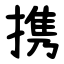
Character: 携